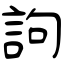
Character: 訽